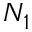
N _ { 1 }